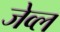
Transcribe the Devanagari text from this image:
जेव्ल